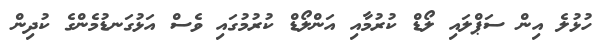
ހުޅުލެ އިން ސަޕްލައި ލޯޑް ކުރުމާއި އަންލޯޑް ކުރުމުގައި ވެސް އަޅުގަނޑުމެންގެ ކުދިން